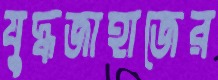
যুদ্ধজাহাজের